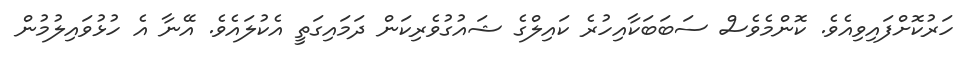
ހަރުކޮށްފައިވިއެވެ. ކޮންމެވެސް ސަބަބަކާއިހުރެ ކައިލްގެ ޝައުގުވެރިކަން ދަމައިގަތީ އެކުލައެވެ. އޭނާ އެ ހުޅުވައިލުމުން